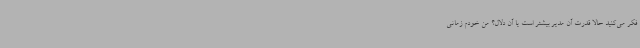
فکر می‌کنید حالا قدرت آن مدیر بیشتر است یا آن دلال؟ من خودم زمانی